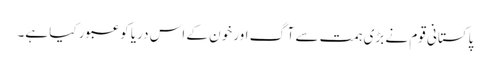
پاکستانی قوم نے بڑی ہمت سے آگ اور خون کے اس دریا کو عبور کیا ہے۔